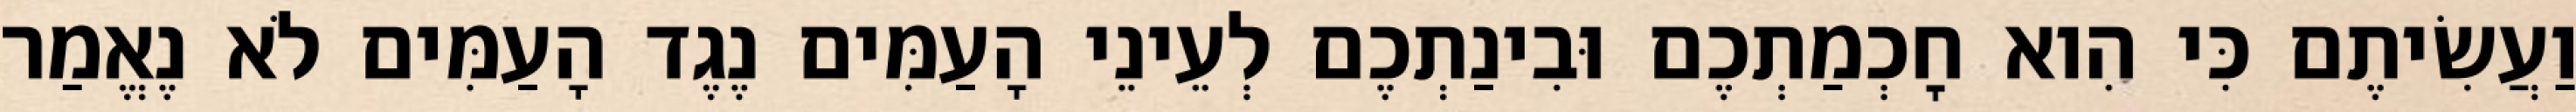
וַעֲשִׂיתֶם כִּי הִוא חׇכְמַתְכֶם וּבִינַתְכֶם לְעֵינֵי הָעַמִּים נֶגֶד הָעַמִּים לֹא נֶאֱמַר